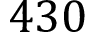
4 3 0